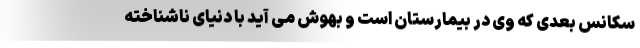
سکانس بعدی که وی در بیمارستان است و بهوش می آید با دنیای ناشناخته